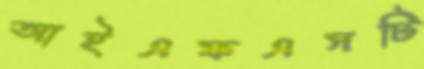
আইএফএসটি